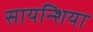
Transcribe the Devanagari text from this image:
सायन्शिया